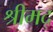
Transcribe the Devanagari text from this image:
श्रीमद्‌